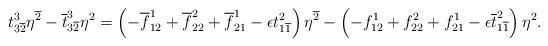
LaTeX: \begin{align*} t^3_{3\overline{2}}\eta^{\overline{2}}-\overline{t}^3_{3\overline{2}}\eta^{2}=\left(-\overline{f}^1_{12}+\overline{f}^2_{22}+\overline{f}^1_{21}-\epsilon t^2_{1\overline{1}}\right)\eta^{\overline{2}} -\left(-f^1_{12}+f^2_{22}+f^1_{21}-\epsilon\overline{t}^2_{1\overline{1}}\right)\eta^{2}.\end{align*}